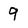
Character: 9